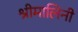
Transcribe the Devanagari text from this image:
श्रीमालिनी